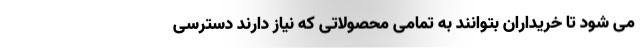
می شود تا خریداران بتوانند به تمامی محصولاتی که نیاز دارند دسترسی